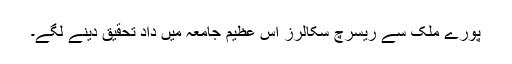
پورے ملک سے ریسرچ سکالرز اس عظیم جامعہ میں داد تحقیق دینے لگے۔